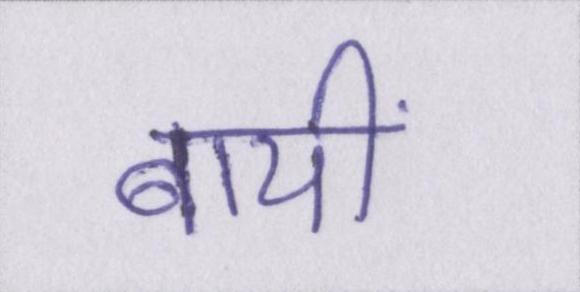
बायीं